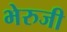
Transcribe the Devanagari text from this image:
भेरुजी